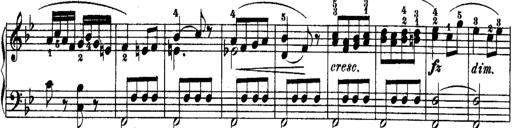
Title: Rondos and Sonatinas for Pianoforte
Composer: Daniel Steibelt